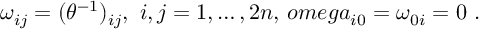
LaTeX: \omega _ { i j } = ( \theta ^ { - 1 } ) _ { i j } , \ i , j = 1 , \dots , 2 n , \, o m e g a _ { i 0 } = \omega _ { 0 i } = 0 \ .